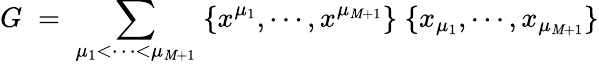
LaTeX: G\; =\; \sum_{\mu_{1}<\cdots<\mu_{\mathit{M}+1}}\; \{ x^{\mu_{1}},\cdots,x^{\mu_{\mathit{M}+1}}\} \; \{ x_{\mu_{1}},\cdots,x_{\mu_{\mathit{M}+1}}\}